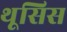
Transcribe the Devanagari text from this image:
थूसिस